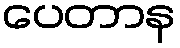
ပေတာန